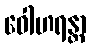
ဝေါဟရန္တာ